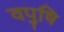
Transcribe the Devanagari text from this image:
वपुषि